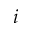
i